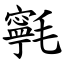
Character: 㲰